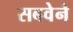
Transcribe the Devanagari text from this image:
सबवेने